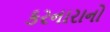
કરનારાનો